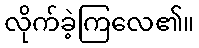
လိုက်ခဲ့ကြလေ၏။